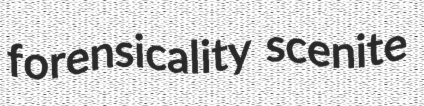
forensicality scenite